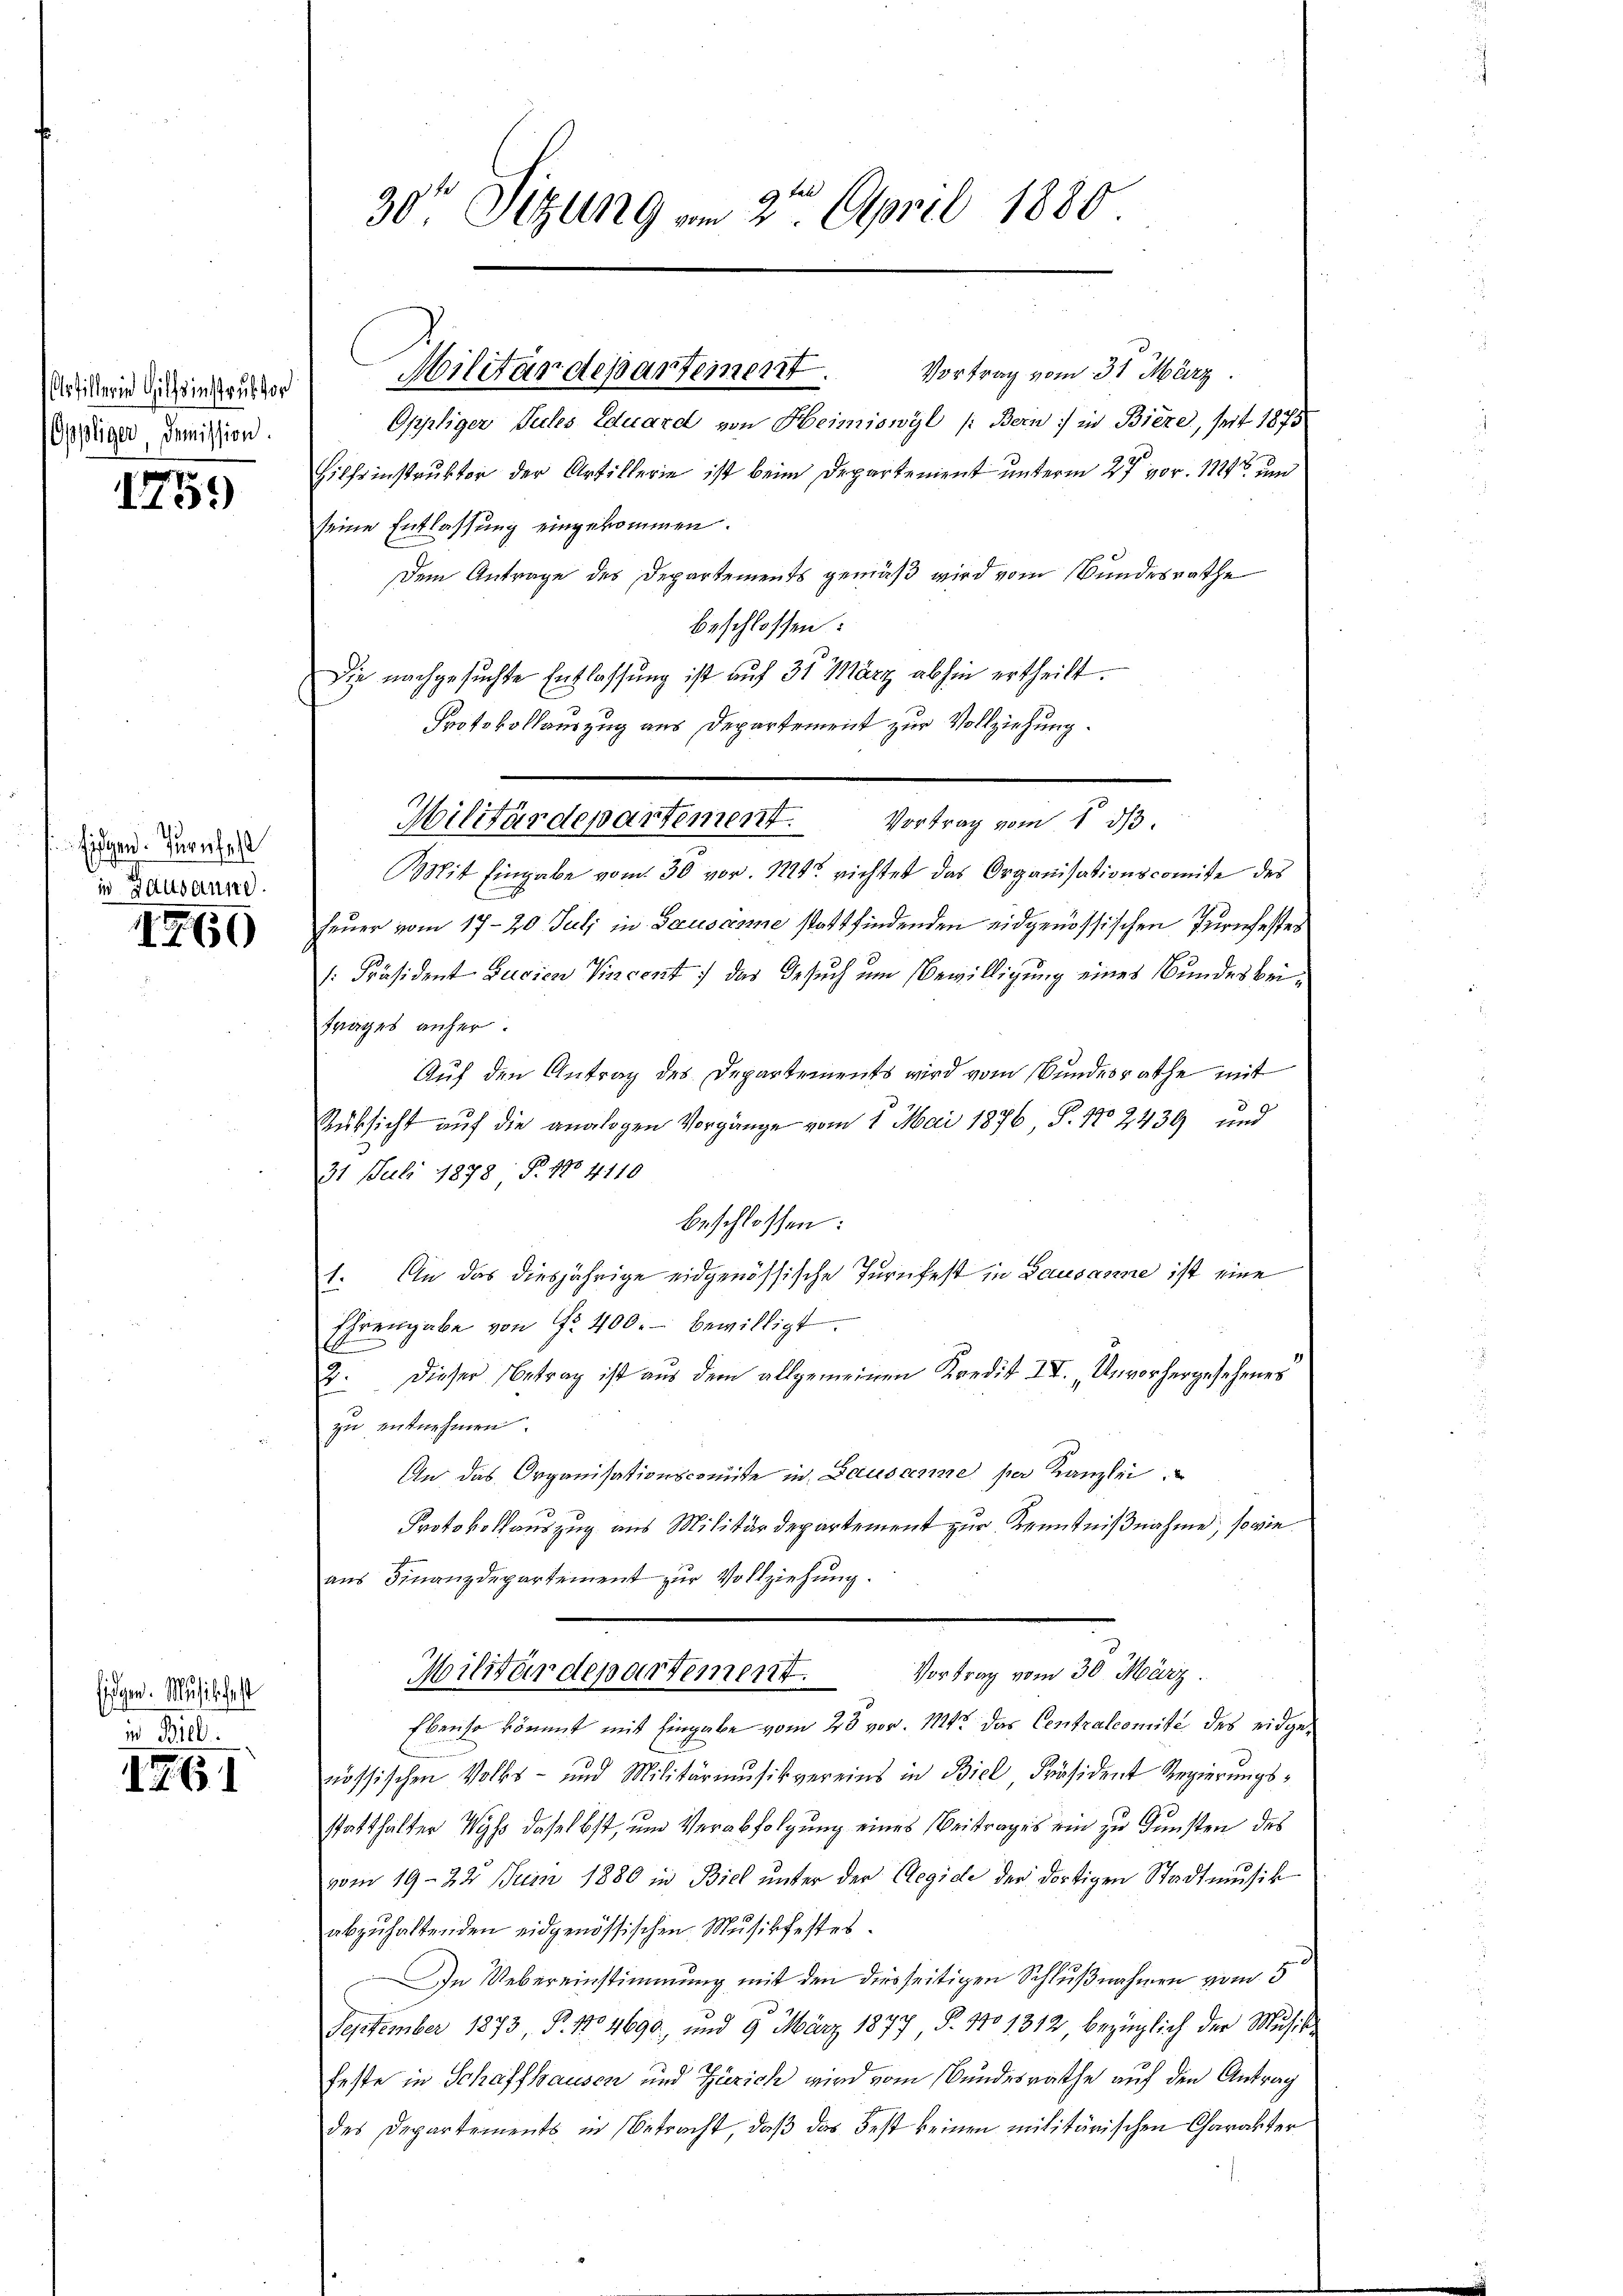
Artillerin Hilfsinstruk vor
Oppliger Domission.

1759)

Eidgen. Vernfall
in Haltsanne.

1760

figer Miet
id Bill

I761

30te Sitzung vom 2ten April 1880

Vortrag vom 31. März
Oppliger Sules Eduard von Heimiswyl /: Bern :/ in Biere, seit 1875
Hilfsinstruktor der Artillerie ist beim Departement unterm 27 vor. 112 un
seine Entlassung eingekommen.
Dem Antrage des Departements gemäß wird vom Bundesrathe
beschlossen:
Mit Eingabe vom 30 vor. 1224 richtet das Organisationscomite des
Feuer vom 17. 20. Juli in Hauskome stattfindenden eidgenössischen Zürichester
[Präsident Judien Vincent das Gesuch um Bewilligung eines Bundesbeifrages anher.
Auf den Antrag des Departements wird vom Bundesrathe mit
Rüksicht auf die analogen Vorgänge vom 1. Mai 1876, P. No 2439 und
31 Juli 1878 §. 180 4110
beschlossen:
1. An das diesjährige eidgenössische Turnfest in Lausanne ist eine
Ehrengabe von Nr. 400.- bewilligt.
2. dieser Betrag ist aŭs dem allgemeinen Kredit II. „Unvorhergesehenes
zu entnehmen.
An das Organisationscomite in Lausamme per Kanzlei
Protokollauszug aus Militärdepartement zur Kenntnißnahme, sowie
aŭs Finanzdepartement zur Vollziehung.
Vortrag vom 30. März.
Militärdepartement.
Ebenso kömmt mit Eingabe vom 28 vor. Mtt. das Centralcomité des eidgenössischen Volks- und Militärmŭsikvereins in Biel Präsident Regierŭngs-
statthalter Wyss daselbst, um Verabfolgung eines Beitrages ein zu Gunsten des
vom 19. 22. Juni 1880 in Biel unter der Aegide der dortigen Stadtmusik
abzuhaltenden eidgenössischen Musikfestes.
In Uebereinstimmung mit den diesseitigen Schlußnahmen vom 5
September 1873, P. No 4690, und 9 März 1877, P. 170 1312, bezüglich der Musis
feste in Schaffhausen und Zürich wird vom Bundesrathe auf den Antrag
des Departements in Betracht, daβ das Fest keinen militärischen Charakter

Militärdepartement.

Die nachgesuchte Entlassung ist auf 31 März abhin ertheilt.
Protokollauszug aus Departement zur Vollziehung.
Militärdepartement. Vortrag vom 1. dβ.